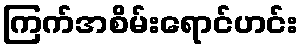
ကြက်အစိမ်းရောင်ဟင်း